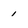
Character: 1